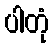
ပါတုံ